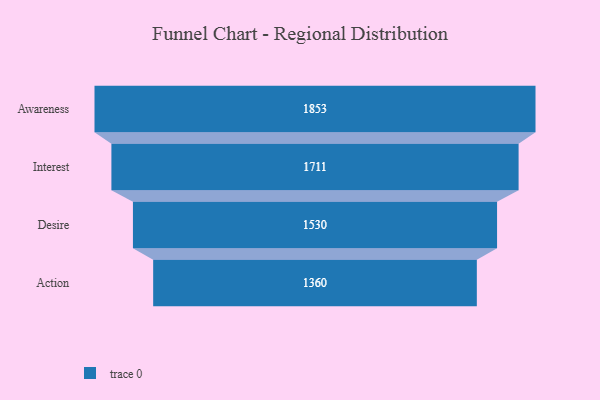
{"axis": {"x": "Stage", "y": "Value"}, "legend": [""], "data": [{"x": "Awareness", "y": 1853.0, "type": ""}, {"x": "Interest", "y": 1711.0, "type": ""}, {"x": "Desire", "y": 1530.0, "type": ""}, {"x": "Action", "y": 1360.0, "type": ""}]}